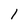
Character: 1